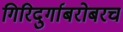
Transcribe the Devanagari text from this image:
गिरिदुर्गाबरोबरच